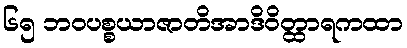
၆၅ ဘဝပစ္စယာဇာတိအာဒိဝိတ္ထာရကထာ